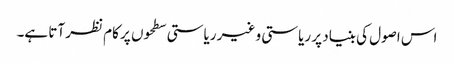
اس اصول کی بنیاد پر ریاستی و غیر ریاستی سطحوں پر کام نظر آتا ہے۔